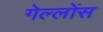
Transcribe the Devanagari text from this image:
गेल्लोंस